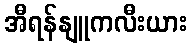
အီရန်နျူကလီးယား